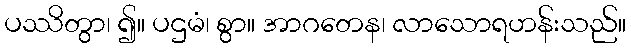
ပဿိတွာ၊ ၍။ ပဌမံ၊ စွာ။ အာဂတေန၊ လာသောရဟန်းသည်။